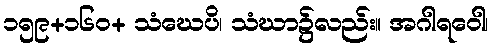
၁၅၉+၁၆၀+ သံဃေပိ၊ သံဃာ၌လည်း။ အဂါရဝေါ၊